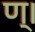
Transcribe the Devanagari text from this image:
ण्।